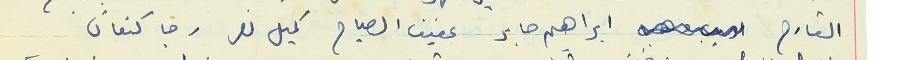
القارح ابراهيم صابر عفيف الصياح كميل نصر رجا كنعان.